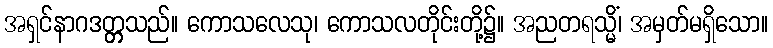
အရှင်နာဂဒတ္တ္တသည်။ ကောသလေသု၊ ကောသလတိုင်းတို့၌။ အညတရသ္မိံ၊ အမှတ်မရှိသော။